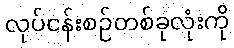
လုပ်ငန်းစဉ်တစ်ခုလုံးကို